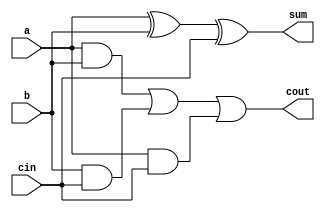
// Code your design here

module full_addr(a,b,cin,sum,cout);
input a,b,cin;
output reg sum,cout;
  
  always@(*)
    begin
      
      sum  = a ^ b ^ cin;
      cout = (a & b) | (b & cin) | (a & cin) ;
   
    end
endmodule